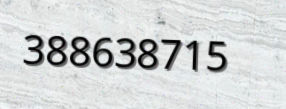
388638715